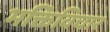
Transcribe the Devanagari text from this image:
भक्तिविचार